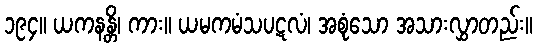
၁၉၄။ ယကနန္တိ၊ ကား။ ယမကမံသပဋလံ၊ အစုံသော အသားလွှာတည်း။